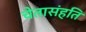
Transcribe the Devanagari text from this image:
चेतासंहति